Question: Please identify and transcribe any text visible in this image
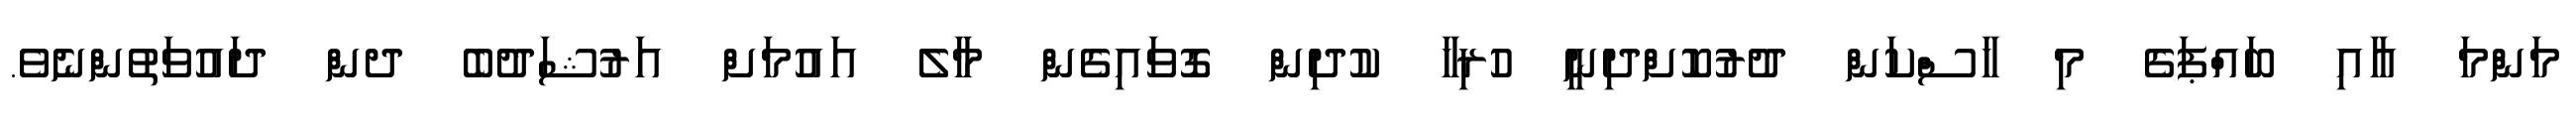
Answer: މަންމަ އާއި ބައްޕަގެ މި ހާސްކަން ދުރުކޮށްދިނީ ހުރިހާ ކުދިން ގޮވައިގެން މާލެ އައުމަށް އަރުޝަދުބެ ދން ދައުވަތުންނެވެ.